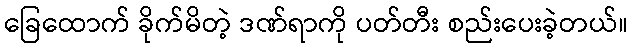
ခြေထောက် ခိုက်မိတဲ့ ဒဏ်ရာကို ပတ်တီး စည်းပေးခဲ့တယ်။